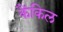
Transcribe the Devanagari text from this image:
कैंकिल